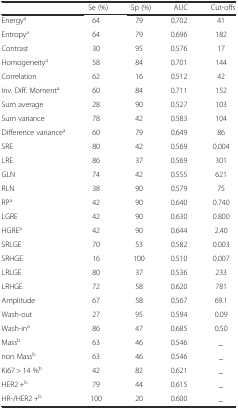
|  | Se (%) | Sp (%) | AUC | Cut-offs |
 | --- | --- | --- | --- | --- |
 | Energya | 64 | 79 | 0.702 | 41 |
 | Entropya | 64 | 79 | 0.696 | 182 |
 | Contrast | 30 | 95 | 0.576 | 17 |
 | Homogeneitya | 58 | 84 | 0.701 | 144 |
 | Correlation | 62 | 16 | 0.512 | 42 |
 | Inv. Diff. Momenta | 60 | 84 | 0.711 | 152 |
 | Sum average | 28 | 90 | 0.527 | 103 |
 | Sum variance | 78 | 42 | 0.583 | 104 |
 | Difference variancea | 60 | 79 | 0.649 | 86 |
 | SRE | 80 | 42 | 0.569 | 0.004 |
 | LRE | 86 | 37 | 0.569 | 301 |
 | GLN | 74 | 42 | 0.555 | 621 |
 | RLN | 38 | 90 | 0.579 | 75 |
 | RPa | 42 | 90 | 0.640 | 0.740 |
 | LGRE | 42 | 90 | 0.630 | 0.800 |
 | HGREa | 42 | 90 | 0.644 | 2.40 |
 | SRLGE | 70 | 53 | 0.582 | 0.003 |
 | SRHGE | 16 | 100 | 0.510 | 0.007 |
 | LRLGE | 80 | 37 | 0.536 | 233 |
 | LRHGE | 72 | 58 | 0.620 | 781 |
 | Amplitude | 67 | 58 | 0.567 | 69.1 |
 | Wash-out | 27 | 95 | 0.594 | 0.09 |
 | Wash-ina | 86 | 47 | 0.685 | 0.50 |
 | Massb | 63 | 46 | 0.546 | _ |
 | non Massb | 63 | 46 | 0.546 | _ |
 | Ki67 > 14 %b | 42 | 82 | 0.621 | _ |
 | HER2 +b | 79 | 44 | 0.615 | _ |
 | HR-/HER2 +b | 100 | 20 | 0.600 | _ |